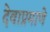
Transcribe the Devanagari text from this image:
देवाप्रमाणे